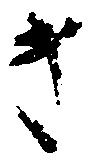
き